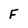
Character: F